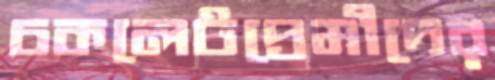
চকলেটপ্রেমীদের